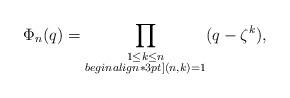
LaTeX: \begin{align*}\Phi_n(q)=\prod_{\substack{1\le k \le n\\begin{align*}3pt](n,k)=1}}(q-\zeta^k),\end{align*}